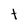
Character: t